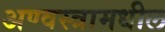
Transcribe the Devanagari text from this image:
अण्वस्त्रामधील